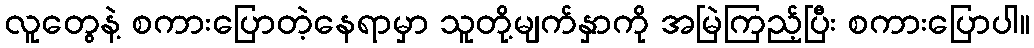
လူတွေနဲ့ စကားပြောတဲ့နေရာမှာ သူတို့မျက်နှာကို အမြဲကြည့်ပြီး စကားပြောပါ။